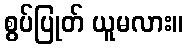
စွပ်ပြုတ် ယူမလား။